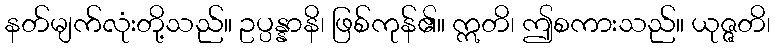
နတ်မျက်လုံးတို့သည်။ ဥပ္ပန္နာနိ၊ ဖြစ်ကုန်၏။ ဣတိ၊ ဤစကားသည်။ ယုဇ္ဇတိ၊